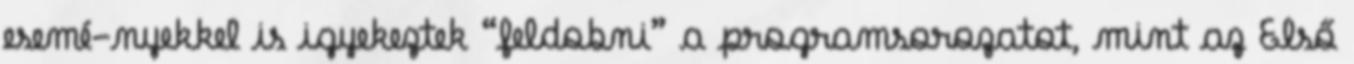
esemé-nyekkel is igyekeztek “feldobni” a programsorozatot, mint az Első